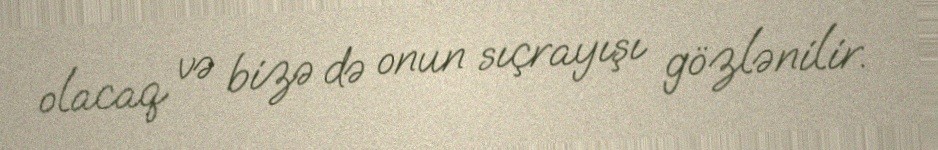
olacaq və bizə də onun sıçrayışı gözlənilir.